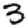
Digit: 3